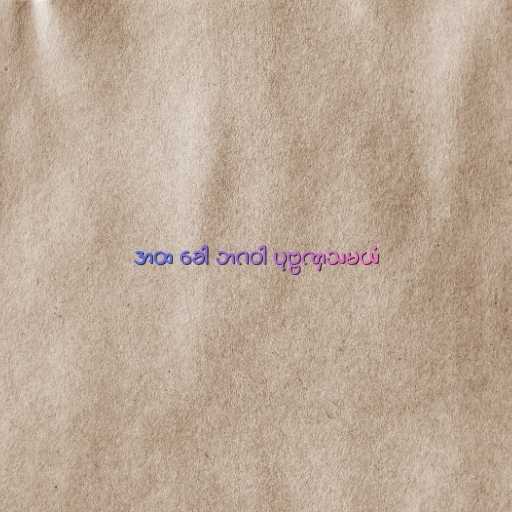
အထ ခေါ ဘဂဝါ ပုဗ္ဗဏှသမယံ